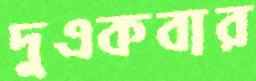
দুএকবার